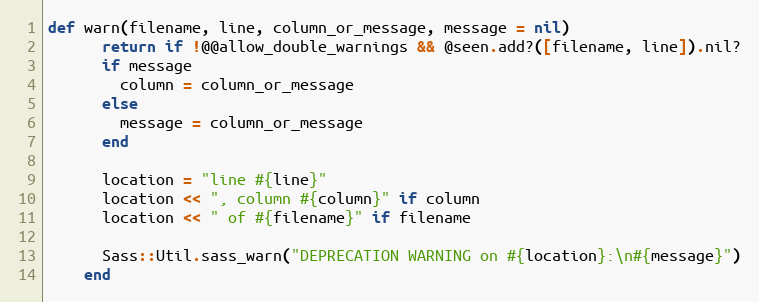
Language: Ruby
def warn(filename, line, column_or_message, message = nil)
      return if !@@allow_double_warnings && @seen.add?([filename, line]).nil?
      if message
        column = column_or_message
      else
        message = column_or_message
      end

      location = "line #{line}"
      location << ", column #{column}" if column
      location << " of #{filename}" if filename

      Sass::Util.sass_warn("DEPRECATION WARNING on #{location}:\n#{message}")
    end